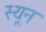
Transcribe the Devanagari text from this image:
स्यून